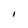
Character: I